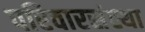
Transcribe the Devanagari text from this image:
परिवारसंस्था